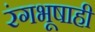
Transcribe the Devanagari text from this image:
रंगभूषाही